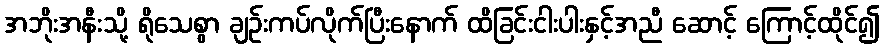
အဘိုးအနီးသို့ ရိုသေစွာ ချဉ်းကပ်လိုက်ပြီးနောက် ထိခြင်းငါးပါးနှင့်အညီ ဆောင့် ကြောင့်ထိုင်၍